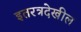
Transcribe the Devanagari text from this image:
इतरत्रदेखील